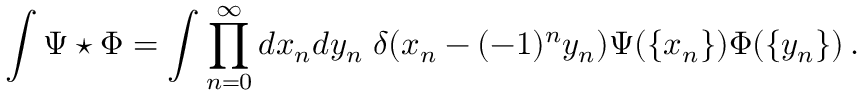
\int \Psi \star \Phi = \int \prod _ { n = 0 } ^ { \infty } d x _ { n } d y _ { n } \; \delta ( x _ { n } - ( - 1 ) ^ { n } y _ { n } ) \Psi ( \{ x _ { n } \} ) \Phi ( \{ y _ { n } \} ) \, .